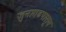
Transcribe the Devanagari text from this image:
जुनागढपासून